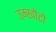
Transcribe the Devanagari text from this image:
उम्खोंटो